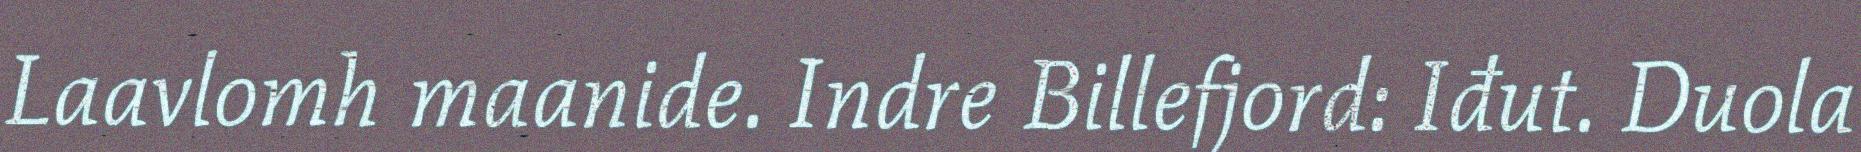
Laavlomh maanide. Indre Billefjord: Iđut. Duola